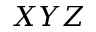
X Y Z